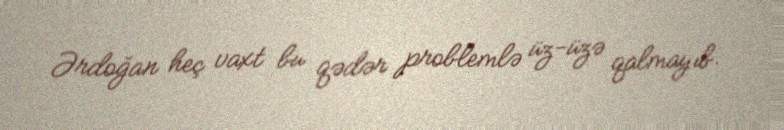
Ərdoğan heç vaxt bu qədər problemlə üz-üzə qalmayıb.